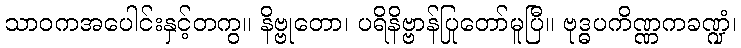
သာဝကအပေါင်းနှင့်တကွ။ နိဗ္ဗုတော၊ ပရိနိဗ္ဗာန်ပြုတော်မူပြီ။ ဗုဒ္ဓပကိဏ္ဏကခဏ္ဍံ၊